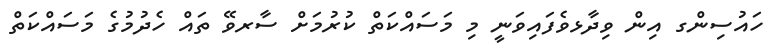
ހައުސިންގ އިން ވިދާޅވެފައިވަނީ މި މަސައްކަތް ކުރުމަށް ސާރވޭ ތައް ހެދުމުގެ މަސައްކަތް